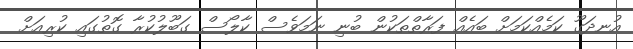
އުނދަގޫ ކަމެއްކަމަށް ބައެއް ފަރާތްތަކުން ބުނި ނަމަވެސް ކާލޯސް ގަބޫލުކުރާ ގޮތުގައި ކުރިއަށް